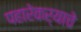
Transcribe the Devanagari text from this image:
पहारेकर्‍याचे